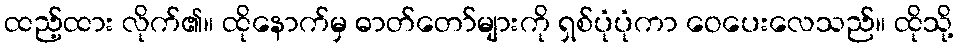
ထည့်ထား လိုက်၏။ ထိုနောက်မှ ဓာတ်တော်များကို ရှစ်ပုံပုံကာ ဝေပေးလေသည်။ ထိုသို့